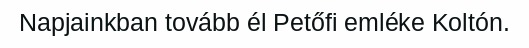
Napjainkban tovább él Petőfi emléke Koltón.